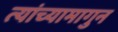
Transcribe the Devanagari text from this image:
त्यांच्यामागुन